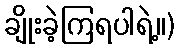
ချိုးခဲ့ကြရပါရဲ့။)